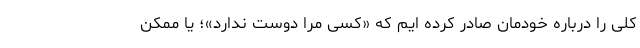
کلی را درباره خودمان صادر کرده ایم که «کسی مرا دوست ندارد»؛ یا ممکن